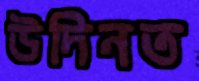
উদিনত